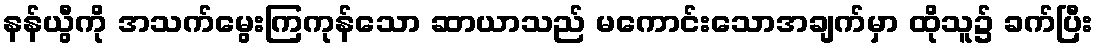
နန်ယွီကို အသက်မွေးကြကုန်သော ဆာယာသည် မကောင်းသောအချက်မှာ ထိုသူ၌ ခက်ပြီး